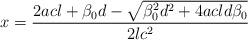
LaTeX: \begin{align*}x=\frac{2acl+ \beta_0 d - \sqrt{\beta_0^2d^2+4acld\beta_0} }{2lc^2} \end{align*}